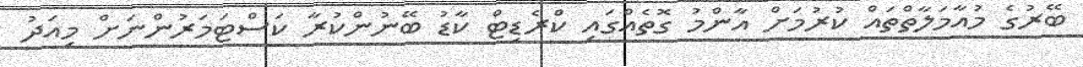
ބޭރުގެ މުއާމަލާތްތައް ކުރުމަށް އާންމު ގޮތެއްގައި ކްރެޑިޓް ކާޑު ބޭނުންކުރާ ކަސްޓަމަރުންނަށް މިއަދު